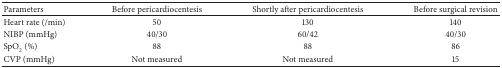
<table><thead><tr><td><b>Parameters</b></td><td><b>Before pericardiocentesis</b></td><td><b>Shortly after pericardiocentesis</b></td><td><b>Before surgical revision</b></td></tr></thead><tbody><tr><td>Heart rate (/min)</td><td>50</td><td>130</td><td>140</td></tr><tr><td>NIBP (mmHg)</td><td>40/30</td><td>60/42</td><td>40/30</td></tr><tr><td>SpO<sub>2</sub> (%)</td><td>88</td><td>88</td><td>86</td></tr><tr><td>CVP (mmHg)</td><td>Not measured</td><td>Not measured</td><td>15</td></tr></tbody></table>